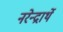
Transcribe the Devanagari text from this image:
नरेन्द्रार्थे